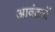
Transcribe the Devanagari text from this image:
आवंटनों